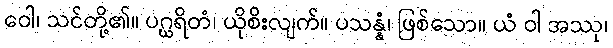
ဝေါ၊ သင်တို့၏။ ပဂ္ဃရိတံ၊ ယိုစိးလျက်။ ပသန္နံ၊ ဖြစ်သော။ ယံ ဝါ အဿု၊